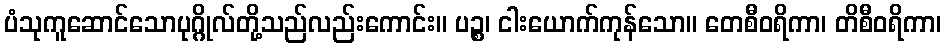
ပံသုကူဆောင်သောပုဂ္ဂိုလ်တို့သည်လည်းကောင်း။ ပဉ္စ၊ ငါးယောက်ကုန်သော။ တေစီဝရိကာ၊ တိစီဝရိကာ၊